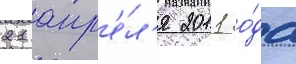
21 апр'е́л'я 2011 го́да